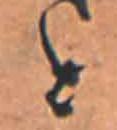
と